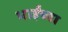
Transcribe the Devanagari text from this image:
भाईंच्या